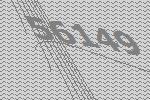
56149